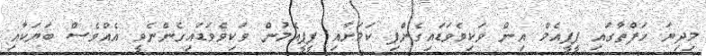
މިދިޔަ ހަފްތާގައި ޕީޕީއެމް އިން ވަކިވެވަޑައިގެންފި ކަމަށާއި ޕީޕީއެމުން ވަކިވެވަޑައިގެންނެވީ އެއްވެސް ބަޔަކާއި